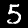
Label: 5